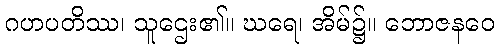
ဂဟပတိဿ၊ သူဌေး၏။ ဃရေ၊ အိမ်၌။ ဘောဇနဝေ